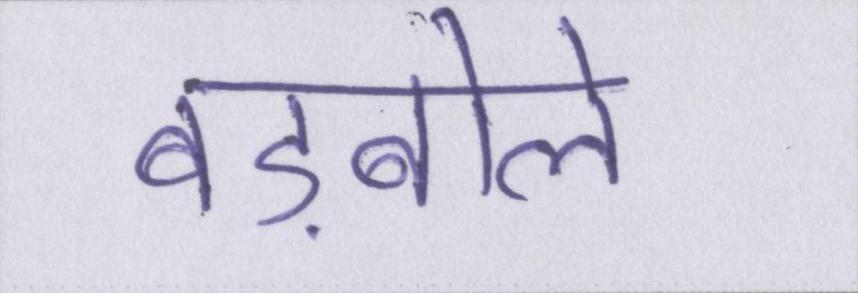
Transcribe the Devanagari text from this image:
बड़बोले